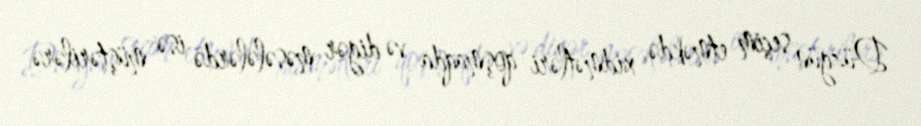
Düzgün seçim etməkdə, xidmətləri qoşmaqda və digər məsələlərdə isə müştərilərə